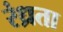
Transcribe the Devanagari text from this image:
रंध्रता